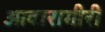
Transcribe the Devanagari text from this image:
आवारागीरी